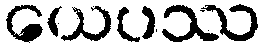
ယေပဿ